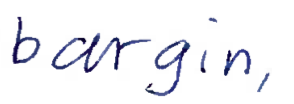
Text: bargain,
Cross-out: clean
Writing tool: ballpoint